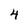
Character: 4